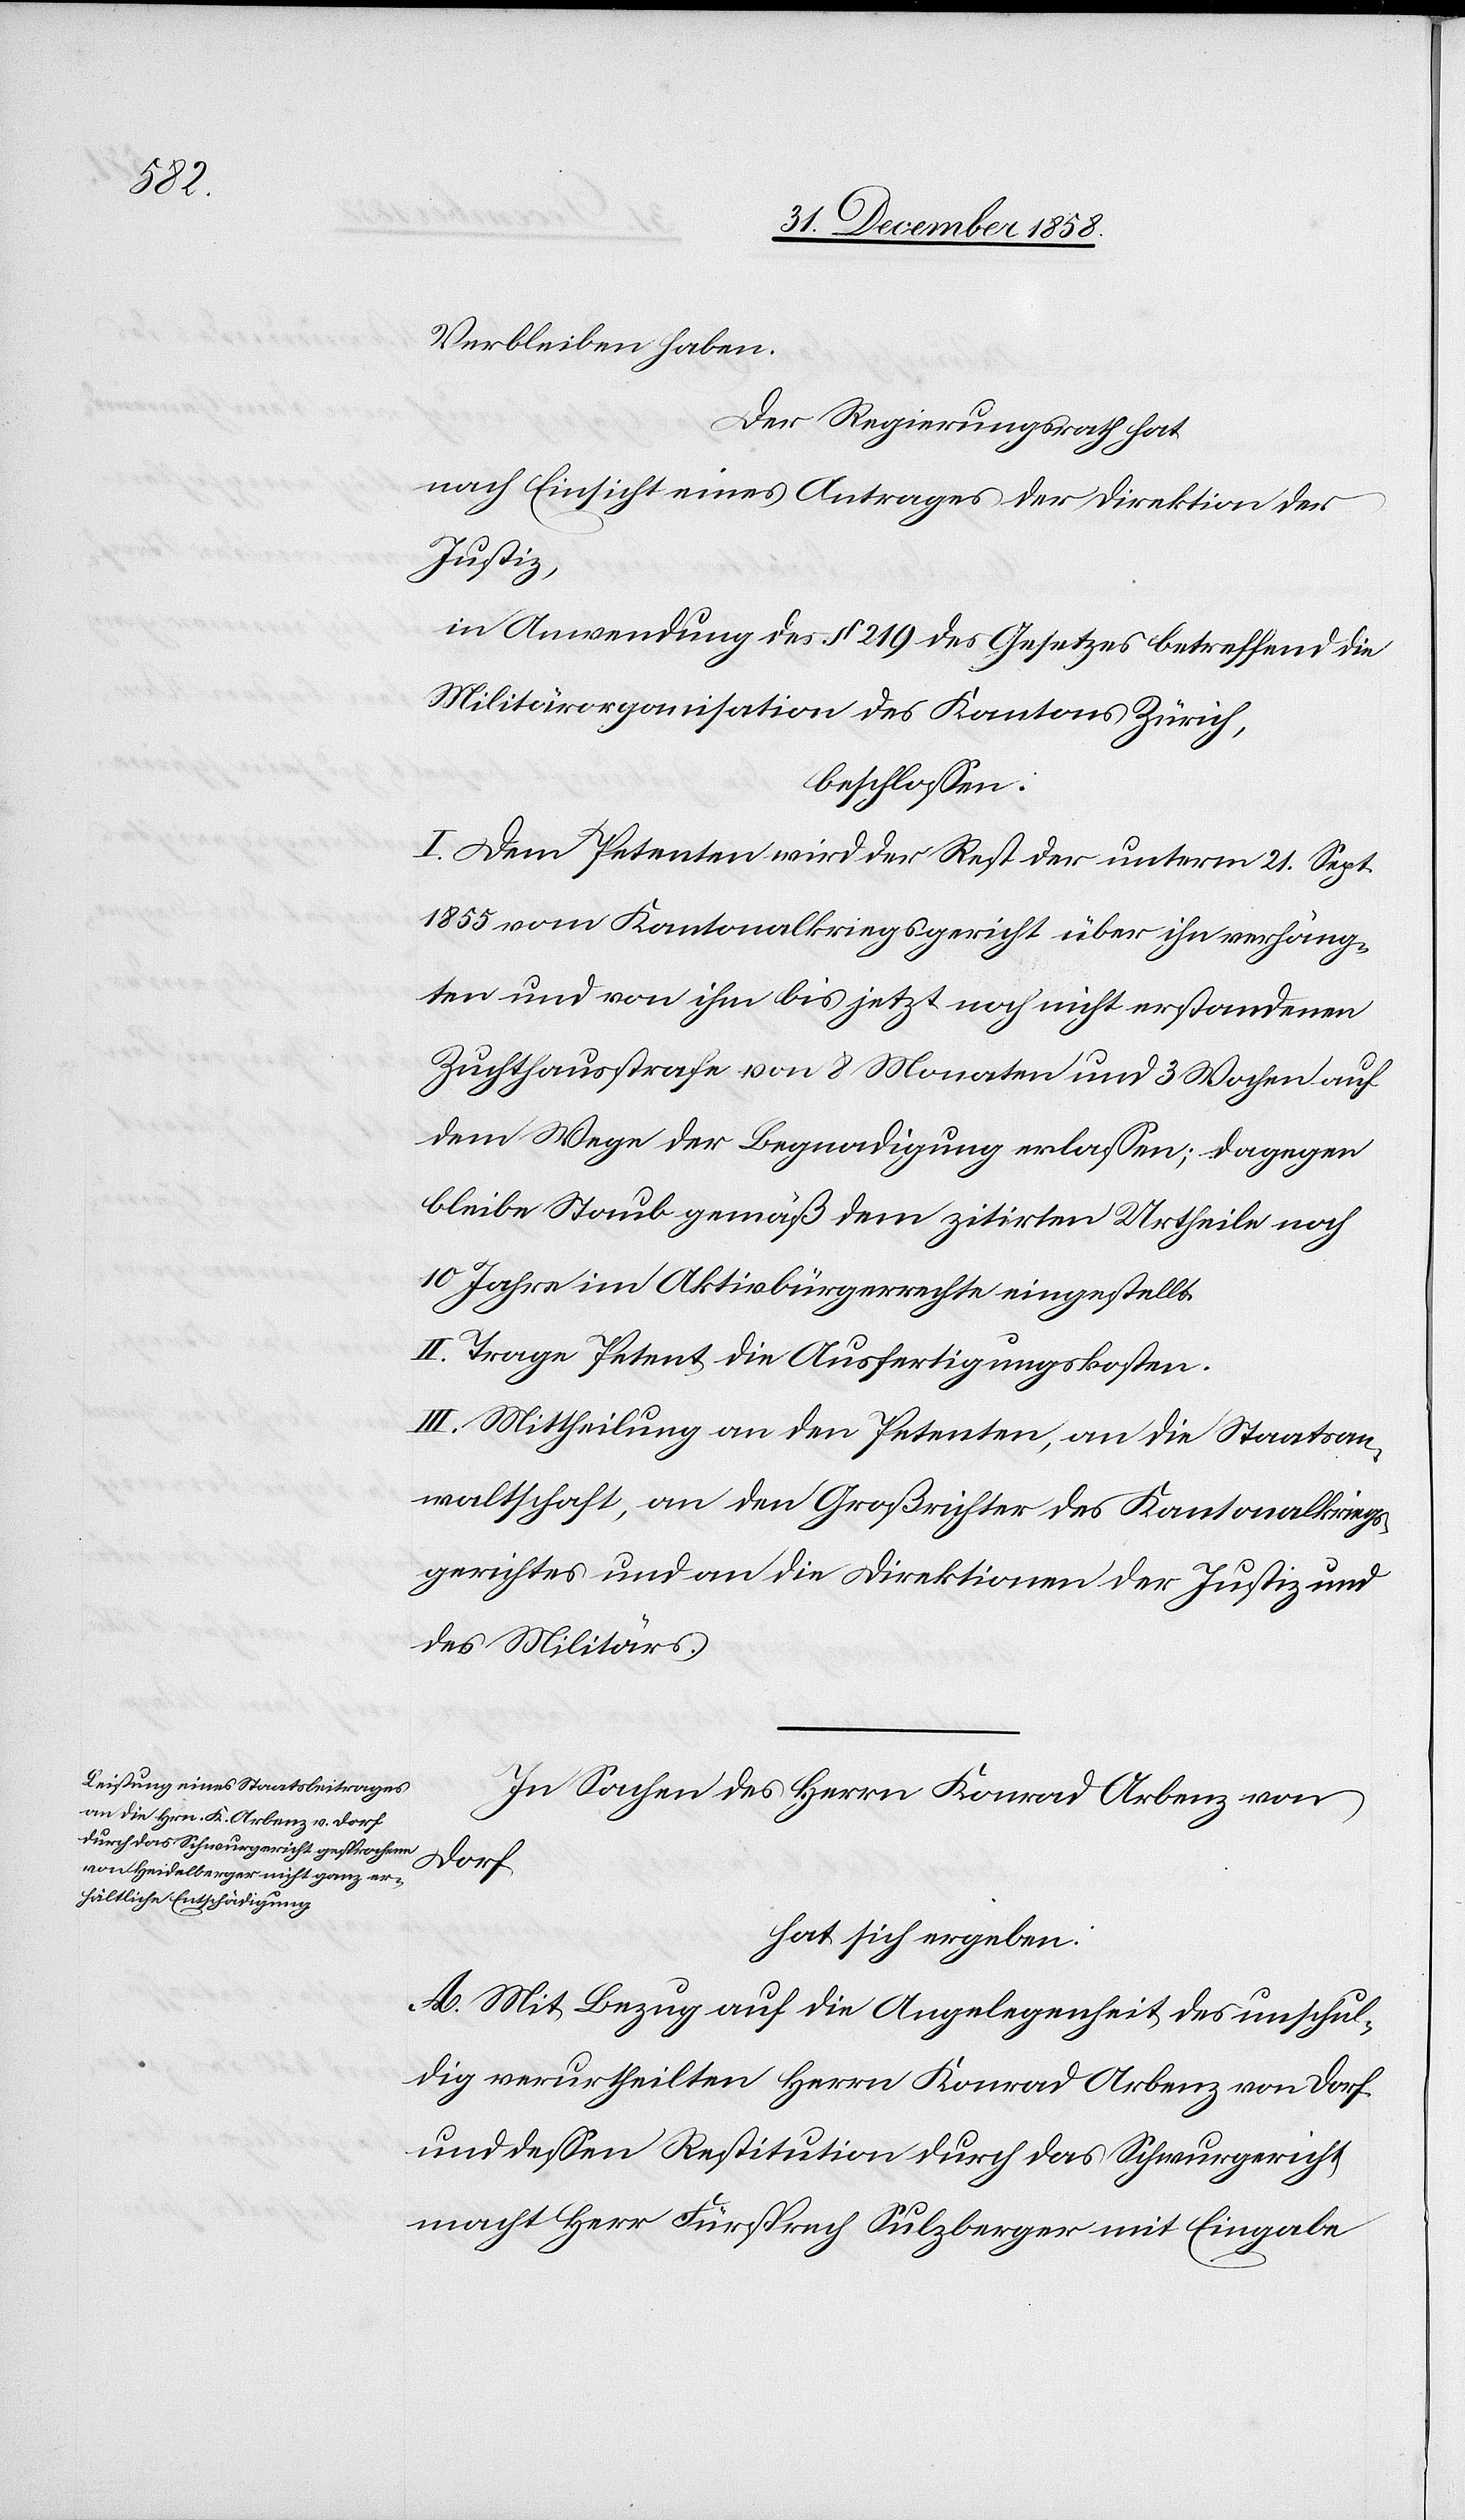
sind,

22. Dezember 1852
Der Regierungsrath